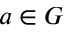
a \in G